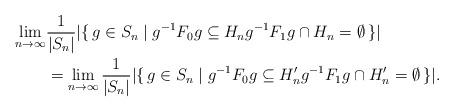
LaTeX: \begin{align*} \lim_{n \to \infty}& \frac{1}{|S_{n}|}|\{\, g \in S_{n} \mid g^{-1}F_{0}g \subseteq H_{n} g^{-1}F_{1}g \cap H_{n} = \emptyset \,\}| \\&= \lim_{n \to \infty} \frac{1}{|S_{n}|}|\{\, g \in S_{n} \mid g^{-1}F_{0}g \subseteq H^{\prime}_{n} g^{-1}F_{1}g \cap H^{\prime}_{n} = \emptyset \,\}|. \end{align*}